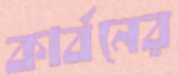
কার্বনের